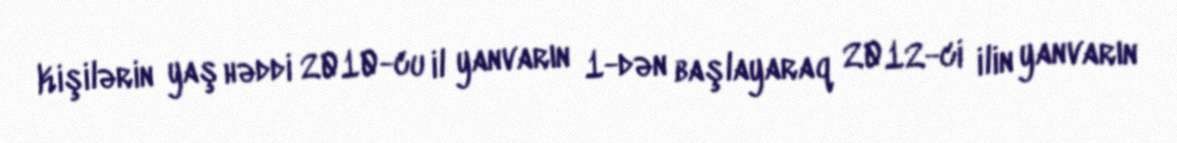
Kişilərin yaş həddi 2010-cu il yanvarın 1-dən başlayaraq 2012-ci ilin yanvarın